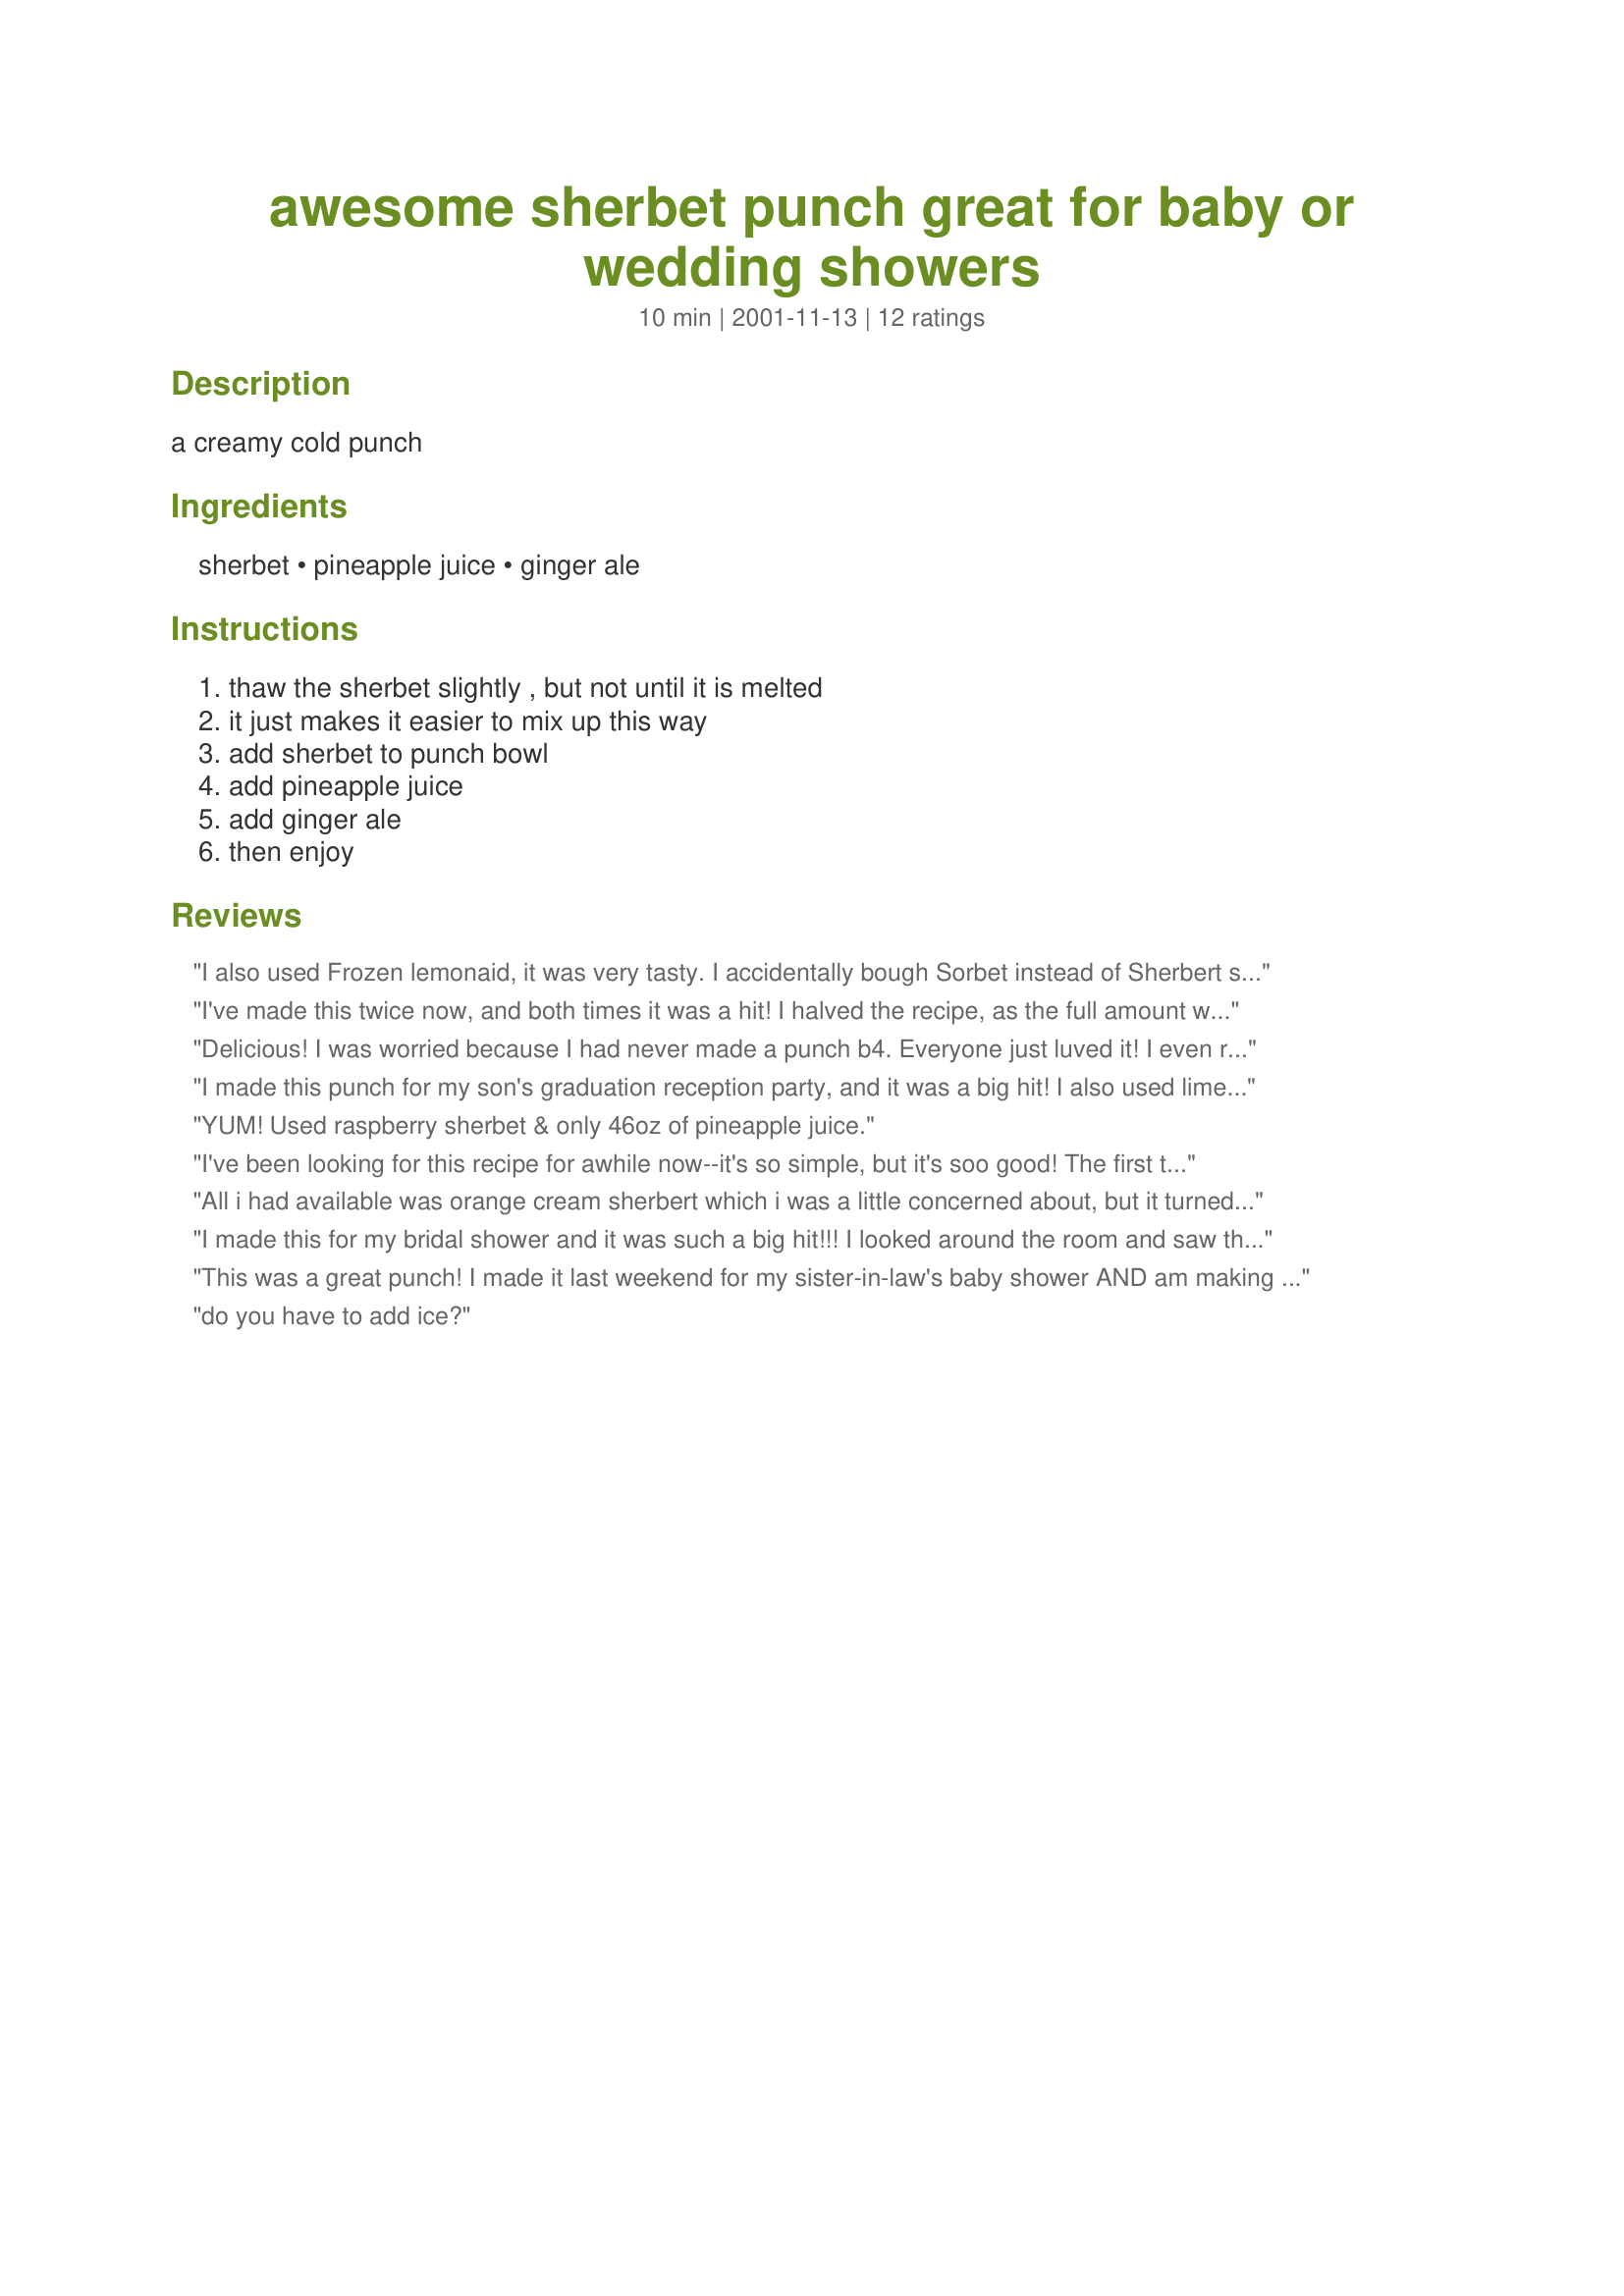
awesome sherbet punch great for baby or wedding showers
Preparation time: 10 minutes

a creamy cold punch

Ingredients:
sherbet, pineapple juice, ginger ale

Steps:
thaw the sherbet slightly , but not until it is melted, it just makes it easier to mix up this way, add sherbet to punch bowl, add pineapple juice, add ginger ale, then enjoy

Reviews:
I also used Frozen lemonaid, it was very tasty. I accidentally bough Sorbet instead of Sherbert so it wasn't creamy, but still tasted alright.
I've made this twice now, and both times it was a hit! I halved the recipe, as the full amount would have been too much to fit into my punch bowl. As it was, even half the recipe went a long way! I spooned the sherbet into the bowl with an ice cream scoop, and mixed gently. I waited about five minutes before serving, to allow the sherbet time melt a little, and blend with the other flavors in the punch. This is a keeper, Wende! Thanks!
Delicious! I was worried because I had never made a punch b4. Everyone just luved it! I even received compliments from the bride to be and her mother thanking me for making this punch for the shower. Only thing I would change is maybe half the amount of ginger ale. Otherwise, EXELLENT!! :-)
I made this punch for my son's graduation reception party, and it was a big hit! I also used lime sherbet, and the color was so pretty. I lost track of how many times we had to refill the punch bowl! This was also the same punch we had at our wedding 28 years ago.. I was so glad to find it here to use again! Thanks! Hazeleyes
YUM! Used raspberry sherbet & only 46oz of pineapple juice.
I've been looking for this recipe for awhile now--it's so simple, but it's soo good! The first time I had it, I thought that it was ambrosia (I was sorely disappointed when I got some "real" ambrosia).
All i had available was orange cream sherbert which i was a little concerned about, but it turned out to be a hit! Next time i'll try adding 1/2 a can of pineapple juice to cut down a little bit on the sweetness! But this recipe is def. a baby shower staple!
I made this for my bridal shower and it was such a big hit!!! I looked around the room and saw that 30 out of the 35 people had it in their cup. I used rainbow sherbet and only 1/2 can of pineapple juice so it wasn't so sweet... I definitley will make again!
This was a great punch! I made it last weekend for my sister-in-law's baby shower AND am making it again for my other sister-in-law's baby shower on tomorrow. Thanks for the recipe! Everyone loved it.
do you have to add ice?
This punch is great! I followed the recipe exactly for my daughter's 2-year birthday party -- and was a bit worried at first because it didn't taste very sweet at all or even like it had much flavor. But once it sat for a few minutes and the flavors mingled together, and once we started eating, the flavor of the punch really came through -- and it was definitely sweet enough but not too sweet. Perfect punch -- HUGE hit with my toddler!
this one is the best!!!
I make it with 2 cans of frozen lemonade instead of the pineapple juice. Follow the rest of recipe as shown. It's awesome and a huge hit no matter which type of sherbert I add to it. 
I used it at showers, office parties, wind up dues for all my club stuff. Everyone luvs it.
thanks for sharing your recipe with us.
